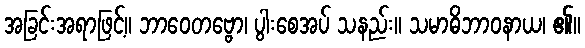
အခြင်းအရာဖြင့်။ ဘာဝေတဗ္ဗော၊ ပွါးစေအပ် သနည်း။ သမာဓိဘာဝနာယ၊ ၏။